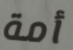
أمة